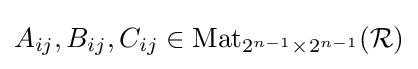
A_{ij},B_{ij},C_{ij}\in \operatorname {Mat} _{2^{n-1}\times 2^{n-1}}({\mathcal {R}})